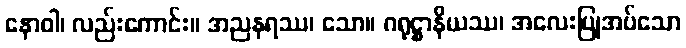
နောဝါ၊ လည်းကောင်း။ အညနရဿ၊ သော။ ဂရုဋ္ဌာနိယဿ၊ အလေးပြုအပ်သော